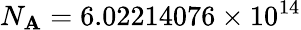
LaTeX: N_{\mathbf{A}}=6.02214076\times10^{14}